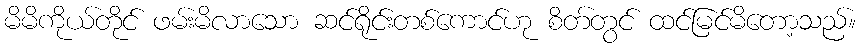
မိမိကိုယ်တိုင် ဖမ်းမိလာသော ဆင်ရိုင်းတစ်ကောင်ဟု စိတ်တွင် ထင်မြင်မိတော့သည်။